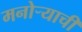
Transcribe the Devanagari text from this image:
मनोर्‍याची